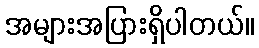
အများအပြားရှိပါတယ်။